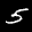
Label: 5